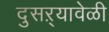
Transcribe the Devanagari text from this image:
दुसऱ्यावेळी